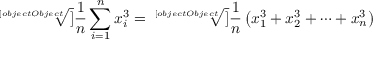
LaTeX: { \sqrt [ [object Object] ] { { \frac { 1 } { n } } \sum _ { i = 1 } ^ { n } x _ { i } ^ { 3 } } } = { \sqrt [ [object Object] ] { { \frac { 1 } { n } } \left( x _ { 1 } ^ { 3 } + x _ { 2 } ^ { 3 } + \cdots + x _ { n } ^ { 3 } \right) } }